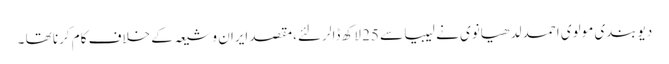
دیوبندی مولوی احمد لدھیانوی نے لیبیا سے 25 لاکھ ڈالر لئے،مقصد ایران و شیعہ کے خلاف کام کرنا تھا ۔